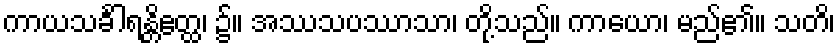
ကာယသင်္ခါရန္တိဧတ္ထ၊ ၌။ အဿသပဿာသာ၊ တို့သည်။ ကာယော၊ မည်၏။ သတိ၊